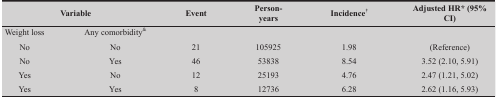
<table><thead><tr><td colspan="2"><b>Variable</b></td><td><b>Event</b></td><td></td><td><b>Person-years</b></td><td></td><td><b>Incidence†</b></td><td></td><td><b>Adjusted HR* (95% CI)</b></td></tr></thead><tbody><tr><td>Weight loss</td><td>Any comorbidity&amp;</td><td></td><td></td><td></td><td></td><td></td><td></td></tr><tr><td>No</td><td>No</td><td>21</td><td></td><td>105925</td><td></td><td>1.98</td><td></td><td>(Reference)</td></tr><tr><td>No</td><td>Yes</td><td>46</td><td></td><td>53838</td><td></td><td>8.54</td><td></td><td>3.52 (2.10, 5.91)</td></tr><tr><td>Yes</td><td>No</td><td>12</td><td></td><td>25193</td><td></td><td>4.76</td><td></td><td>2.47 (1.21, 5.02)</td></tr><tr><td>Yes</td><td>Yes</td><td>8</td><td></td><td>12736</td><td></td><td>6.28</td><td></td><td>2.62 (1.16, 5.93)</td></tr></tbody></table>